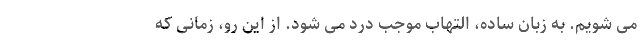
می شویم. به زبان ساده، التهاب موجب درد می شود. از این رو، زمانی که